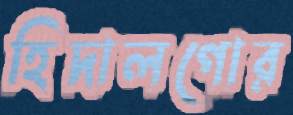
হিদালগোর